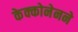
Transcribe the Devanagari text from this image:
केक्कोनेनने